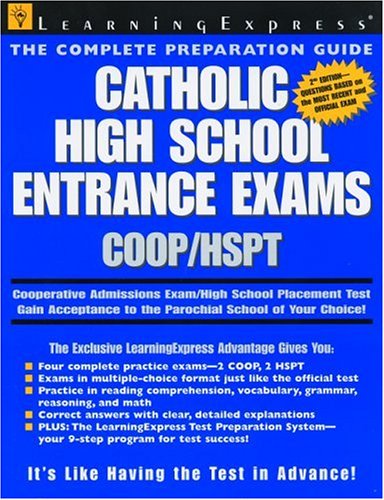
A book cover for Catholic HS Coop/hspt 2e; Learning Express Editors; Test Preparation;